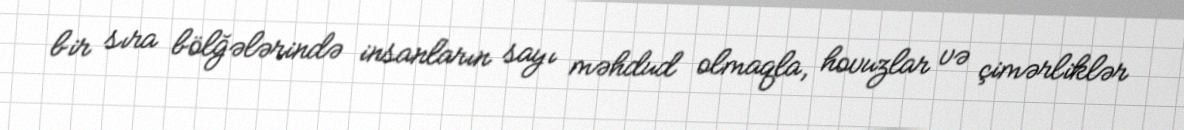
bir sıra bölğələrində insanların sayı məhdud olmaqla, hovuzlar və çimərliklər